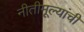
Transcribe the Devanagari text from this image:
नीतीमूल्यांची